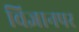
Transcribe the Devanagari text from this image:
विज्ञानपर